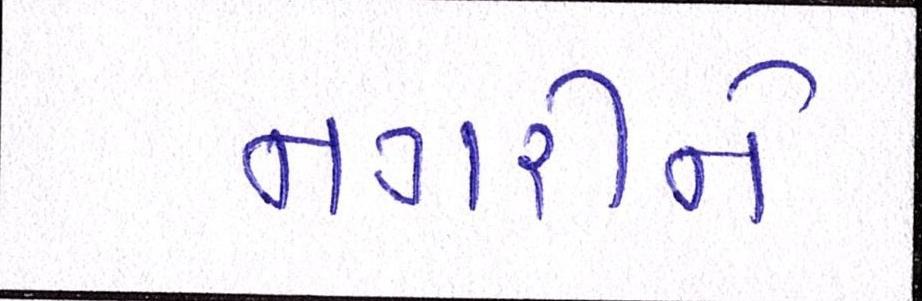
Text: નગરીને